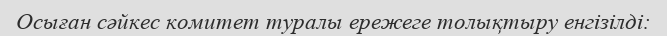
Осыған сәйкес комитет туралы ережеге толықтыру енгізілді: